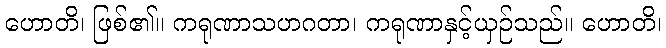
ဟောတိ၊ ဖြစ်၏။ ကရုဏာသဟဂတာ၊ ကရုဏာနှင့်ယှဉ်သည်။ ဟောတိ၊